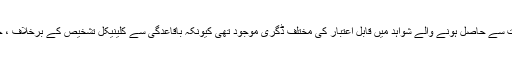
تاہم ، ذہنی صحت سے متعلق ان مطالعات سے حاصل ہونے والے شواہد میں قابل اعتبار کی مختلف ڈگری موجود تھی کیونکہ باقاعدگی سے کلینیکل تشخیص کے برخلاف ، خود رپورٹ سوالنامے کے جوابات تھے۔